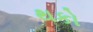
થકો